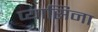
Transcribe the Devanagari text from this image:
प्यासिना